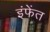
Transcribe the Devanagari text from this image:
इंफेंत